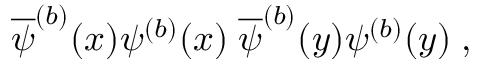
\overline { { { \psi } } } ^ { ( b ) } ( x ) \psi ^ { ( b ) } ( x ) \; \overline { { { \psi } } } ^ { ( b ) } ( y ) \psi ^ { ( b ) } ( y ) \; ,